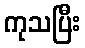
ကုသပြီး